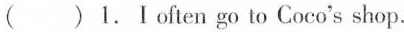
( )1.Ⅰoften go to Coco's shop.